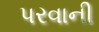
પરવાની